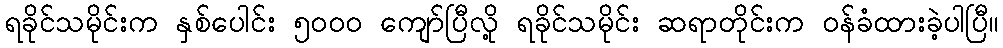
ရခိုင်သမိုင်းက နှစ်ပေါင်း ၅၀၀၀ ကျော်ပြီလို့ ရခိုင်သမိုင်း ဆရာတိုင်းက ဝန်ခံထားခဲ့ပါပြီ။